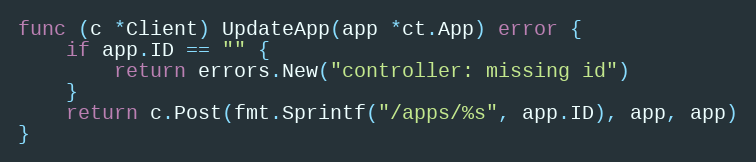
Language: Go
func (c *Client) UpdateApp(app *ct.App) error {
	if app.ID == "" {
		return errors.New("controller: missing id")
	}
	return c.Post(fmt.Sprintf("/apps/%s", app.ID), app, app)
}